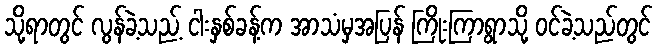
သို့ရာတွင် လွန်ခဲ့သည့် ငါးနှစ်ခန့်က အာသံမှအပြန် ကြိုးကြာရွာသို့ ဝင်ခဲ့သည်တွင်